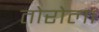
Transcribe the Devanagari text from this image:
तोरोला